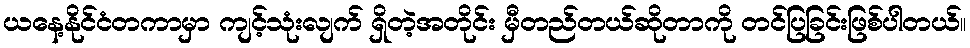
ယနေ့နိုင်ငံတကာမှာ ကျင့်သုံးလျက် ရှိတဲ့အတိုင်း မှီတည်တယ်ဆိုတာကို တင်ပြခြင်းဖြစ်ပါတယ်။